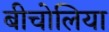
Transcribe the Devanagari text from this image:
बीचोलिया